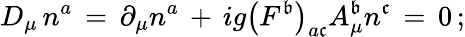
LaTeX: D_{\mu}\, n^{a}\, =\, \partial_{\mu}n^{a}\, +\, ig\left(F^{\mathfrak{b}}\right)_{a\mathfrak{c}}A_{\mu}^{\mathfrak{b}}n^{\mathfrak{c}}\, =\, 0\, ;